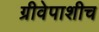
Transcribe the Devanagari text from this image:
ग्रीवेपाशीच